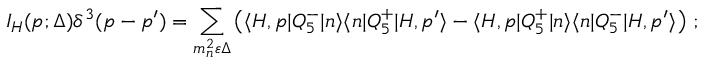
I _ { H } ( p ; \Delta ) \delta ^ { 3 } ( p - p ^ { \prime } ) = \sum _ { m _ { n } ^ { 2 } \varepsilon \Delta } \left( \langle H , p | Q _ { 5 } ^ { - } | n \rangle \langle n | Q _ { 5 } ^ { + } | H , p ^ { \prime } \rangle - \langle H , p | Q _ { 5 } ^ { + } | n \rangle \langle n | Q _ { 5 } ^ { - } | H , p ^ { \prime } \rangle \right) \, ;